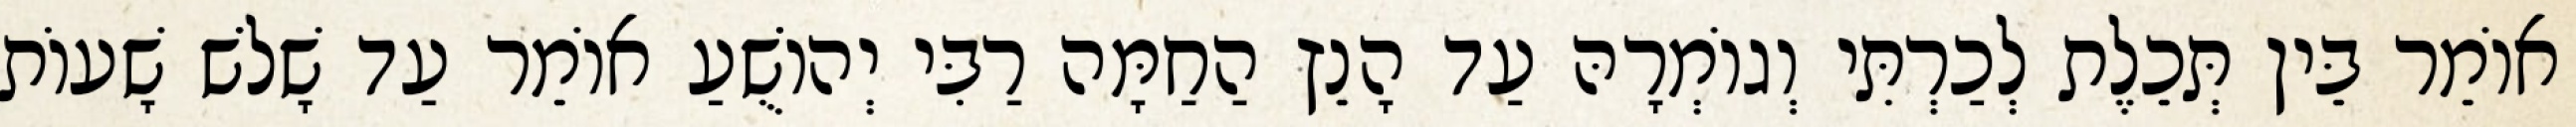
אוֹמֵר בֵּין תְּכֵלֶת לְכַרְתִּי וְגוֹמְרָהּ עַד הָנֵץ הַחַמָּה רַבִּי יְהוֹשֻׁעַ אוֹמֵר עַד שָׁלֹשׁ שָׁעוֹת